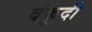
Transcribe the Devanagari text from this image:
वंकुदी